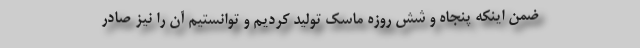
ضمن اینکه پنجاه و شش روزه ماسک تولید کردیم و توانستیم آن را نیز صادر